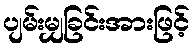
ပျမ်းမျှခြင်းအားဖြင့်